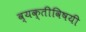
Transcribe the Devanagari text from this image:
व्यक्तीविषयी